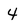
Character: 4